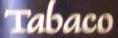
Tabaco